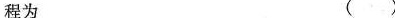
程为 ( )